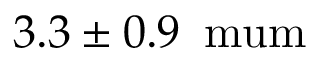
3 . 3 \pm 0 . 9 \, \mathrm { { \ m u m } }